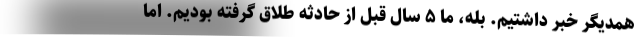
همدیگر خبر داشتیم. بله، ما ۵ سال قبل از حادثه طلاق گرفته بودیم. اما